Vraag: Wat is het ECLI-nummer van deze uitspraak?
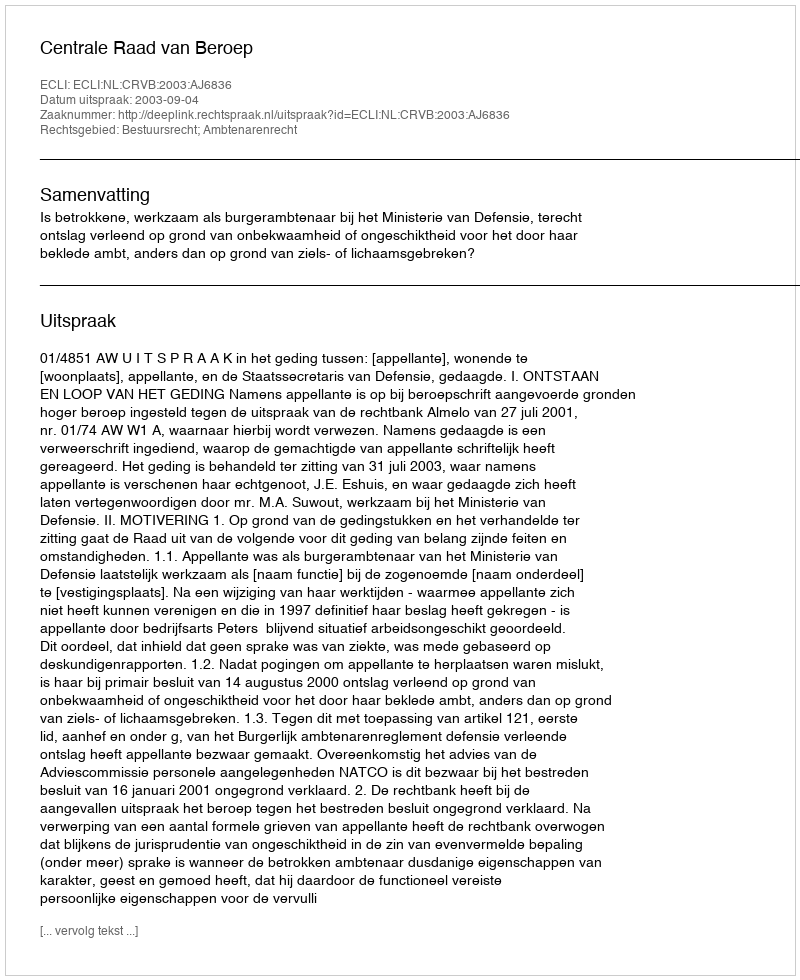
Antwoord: ECLI:NL:CRVB:2003:AJ6836